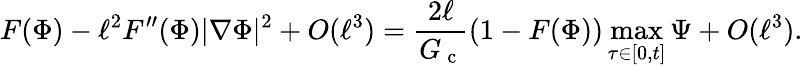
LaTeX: F(\Phi)-\ell^{2}F^{\prime\prime}(\Phi)|\nabla\Phi|^{2}+O(\ell^{3})=\frac{2\ell}{G_{\mathrm{~c~}}}(1-F(\Phi))\operatorname*{max}_{\tau\in[0,t]}\Psi+O(\ell^{3}).